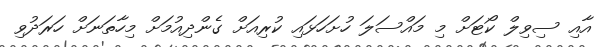
އާއި ސިވިލް ކޯޓަށް މި މައްސަލަ ހުށަހަޅައި ކުރިއަށް ގެންދިއުމަށް މިހާތަނަށް ހަރަދުވި